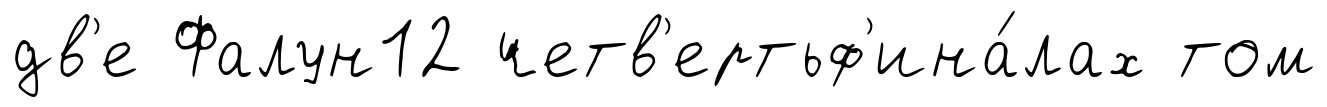
дв'е Фалун12 четв'ертьф'ина́лах том